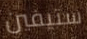
ستيفين